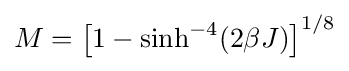
M=\left[1-\sinh ^{-4}(2\beta J)\right]^{1/8}